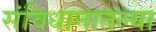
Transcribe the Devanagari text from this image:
संविधानातल्या